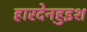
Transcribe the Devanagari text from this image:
हारदेनहुइश